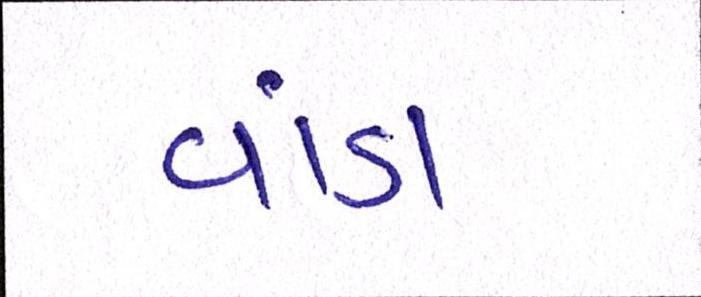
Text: વાંડા